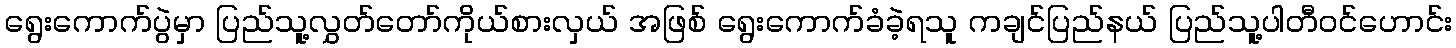
ရွေးကောက်ပွဲမှာ ပြည်သူ့လွှတ်တော်ကိုယ်စားလှယ် အဖြစ် ရွေးကောက်ခံခဲ့ရသူ ကချင်ပြည်နယ် ပြည်သူ့ပါတီဝင်ဟောင်း